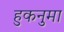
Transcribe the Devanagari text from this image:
हुकनुमा